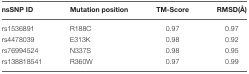
<table><thead><tr><td><b>nsSNP ID</b></td><td><b>Mutation position</b></td><td><b>TM-Score</b></td><td><b>RMSD(Å)</b></td></tr></thead><tbody><tr><td>rs1536891</td><td>R188C</td><td>0.97</td><td>0.97</td></tr><tr><td>rs4478039</td><td>E313K</td><td>0.98</td><td>0.92</td></tr><tr><td>rs76994524</td><td>N337S</td><td>0.98</td><td>0.95</td></tr><tr><td>rs138818541</td><td>R360W</td><td>0.97</td><td>0.99</td></tr></tbody></table>